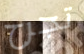
تجرح